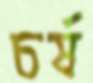
চর্ষ